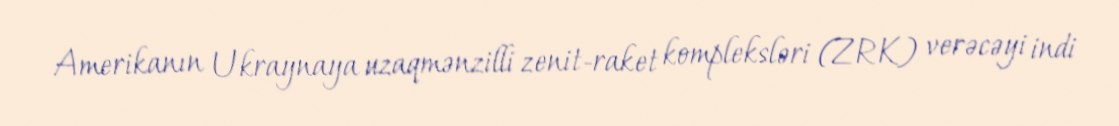
Amerikanın Ukraynaya uzaqmənzilli zenit-raket kompleksləri (ZRK) verəcəyi indi